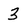
Character: 3